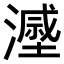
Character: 𣿷